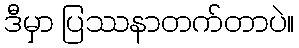
ဒီမှာ ပြဿနာတက်တာပဲ။